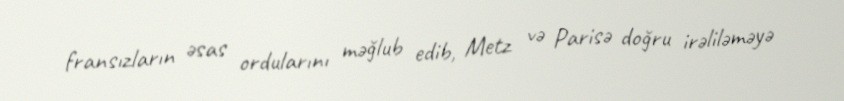
fransızların əsas ordularını məğlub edib, Metz və Parisə doğru irəliləməyə